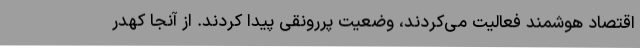
اقتصاد هوشمند فعالیت می‌کردند، وضعیت پررونقی پیدا کردند. از آنجا کهدر